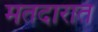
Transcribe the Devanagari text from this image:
मतदारात